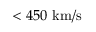
< 4 5 0 ~ \mathrm { k m / s }